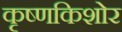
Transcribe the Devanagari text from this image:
कृष्णकिशोर